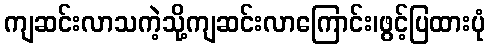
ကျဆင်းလာသကဲ့သို့ကျဆင်းလာကြောင်း၊ဖွင့်ပြထားပုံ